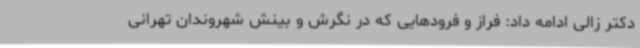
دکتر زالی ادامه داد: فراز و فرودهایی که در نگرش و بینش شهروندان تهرانی